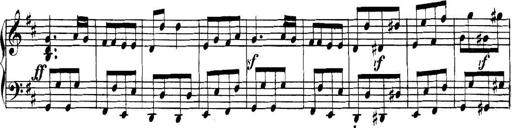
Title: Collected Piano Sonatas
Composer: Muzio Clementi